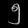
Digit: ၅